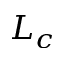
L _ { c }